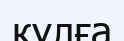
кұлға